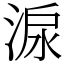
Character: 㴃